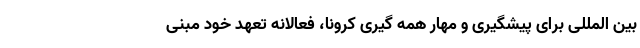
بین المللی برای پیشگیری و مهار همه گیری کرونا، فعالانه تعهد خود مبنی